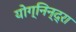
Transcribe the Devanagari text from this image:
योग्निन्द्रा